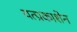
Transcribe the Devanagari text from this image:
यत्प्रकाशेन